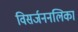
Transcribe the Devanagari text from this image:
विसर्जननलिका